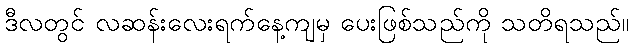
ဒီလတွင် လဆန်းလေးရက်နေ့ကျမှ ပေးဖြစ်သည်ကို သတိရသည်။